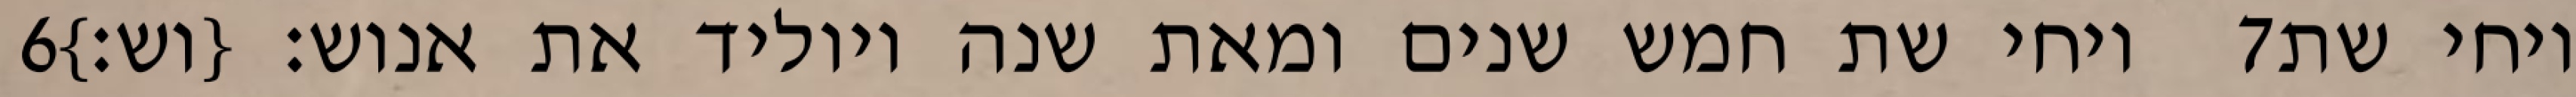
‎6‏ ויחי שת חמש שנים ומאת שנה ויוליד את אנוש׃ {וש׃} ‎7‏ ויחי שת